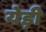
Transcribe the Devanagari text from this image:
येड़ी